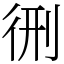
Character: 㣜